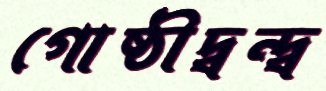
গোষ্ঠীদ্বন্দ্ব